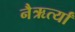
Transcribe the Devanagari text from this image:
नैऋर्त्यां